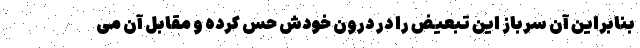
بنابراین آن سرباز این تبعیض را در درون خودش حس کرده و مقابل آن می